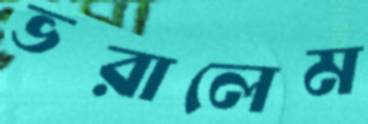
ভরালেম